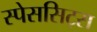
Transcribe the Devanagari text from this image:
स्पेससिट्स